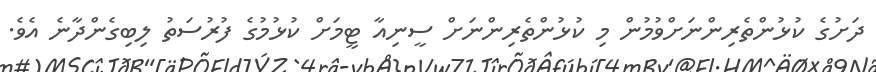
ދަށުގެ ކުޅުންތެރިންނަށްވުމުން މި ކުޅުންތެރިންނަށް ސީނިއާ ޓީމަށް ކުޅުމުގެ ފުރުސަތު ލިބިގެންދާނެ އެވެ.